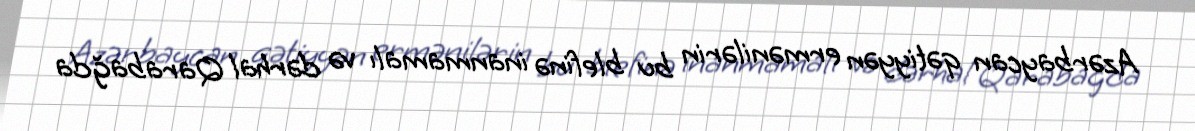
Azərbaycan qətiyyən ermənilərin bu blefinə inanmamalı və dərhal Qarabağda